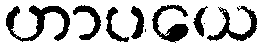
ဟာပယေ